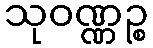
သုဝဏ္ဏဉ္စ